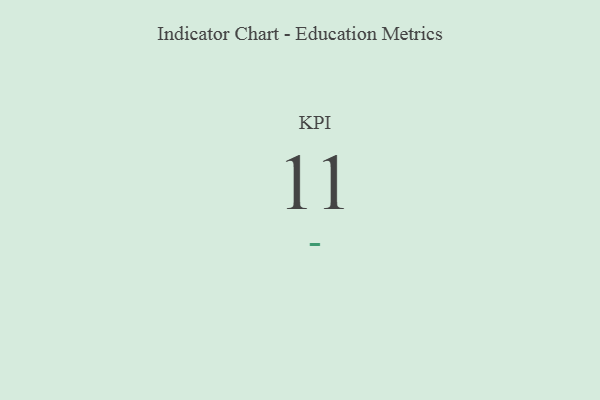
{"axis": {"x": "KPI", "y": "Value"}, "legend": [""], "data": [{"x": "KPI", "y": 11, "type": ""}]}